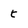
Character: t